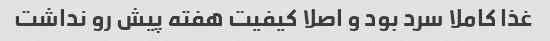
غذا کاملا سرد بود و اصلا کیفیت هفته پیش رو نداشت